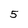
Character: 5